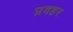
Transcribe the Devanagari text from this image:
प्रवहर